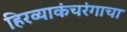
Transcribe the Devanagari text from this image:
हिरव्याकंचरंगाचा